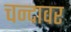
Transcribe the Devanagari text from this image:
चन्दावर